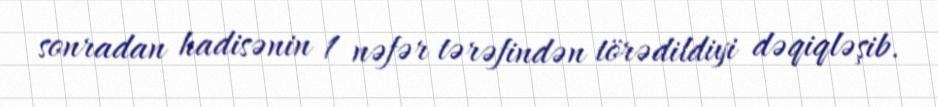
sonradan hadisənin 1 nəfər tərəfindən törədildiyi dəqiqləşib.